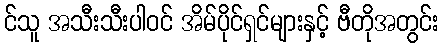
င်သူ အသီးသီးပါဝင် အိမ်ပိုင်ရှင်များနှင့် ဗီတိုအတွင်း